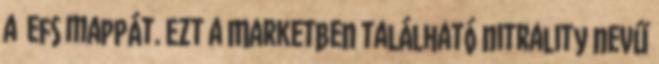
a efs mappát. Ezt a Marketben található nitrality nevű